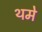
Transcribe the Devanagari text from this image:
थमे